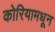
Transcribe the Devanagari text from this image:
कोरियामधून